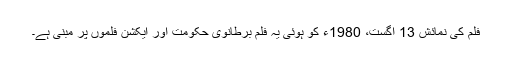
فلم كى نمائش 13 اگست، 1980ء كو ہوئى یہ فلم برطانوی حکومت اور ایکشن فلموں پر مبنی ہے۔